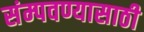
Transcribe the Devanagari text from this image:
संम्पवण्यासाठी